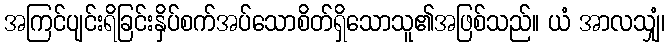
အကြင်ပျင်းရိခြင်းနှိပ်စက်အပ်သောစိတ်ရှိသောသူ၏အဖြစ်သည်။ ယံ အာလသျှံ၊